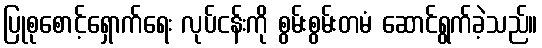
ပြုစုစောင့်ရှောက်ရေး လုပ်ငန်းကို စွမ်းစွမ်းတမံ ဆောင်ရွက်ခဲ့သည်။